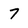
Character: 7